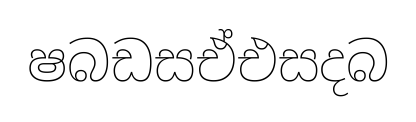
ෂබඩසඒඑසදබ